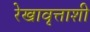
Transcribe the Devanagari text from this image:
रेखावृत्ताशी